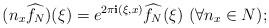
LaTeX: \begin{align*}(n_{x}\widehat{f_{N}})(\xi)=e^{2\pi\mathbf{i}(\xi,x)}\widehat{f_{N}}(\xi)\ (\forall n_{x}\in N);\end{align*}